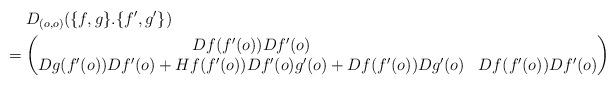
LaTeX: \begin{align*}&\hphantom{{}={}}D_{(o,o)}(\{f,g\}.\{f',g'\})\\*&=\begin{pmatrix}Df(f'(o))Df'(o)\\Dg(f'(o))Df'(o)+Hf(f'(o))Df'(o)g'(o)+Df(f'(o))Dg'(o) & Df(f'(o))Df'(o)\end{pmatrix}\end{align*}